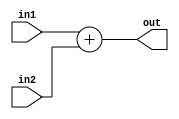
`timescale 1ns / 1ps
module add(in1, in2, out);
	input [31:0] in1;
	input [31:0] in2;
	output [31:0] out;
	assign out=in1+in2;
endmodule